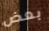
بعض